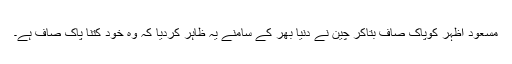
مسعود اظہر کوپاک صاف بتاکر چین نے دنیا بھر کے سامنے یہ ظاہر کردیا کہ وہ خود کتنا پاک صاف ہے۔